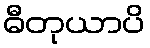
ဓီတုယာပိ